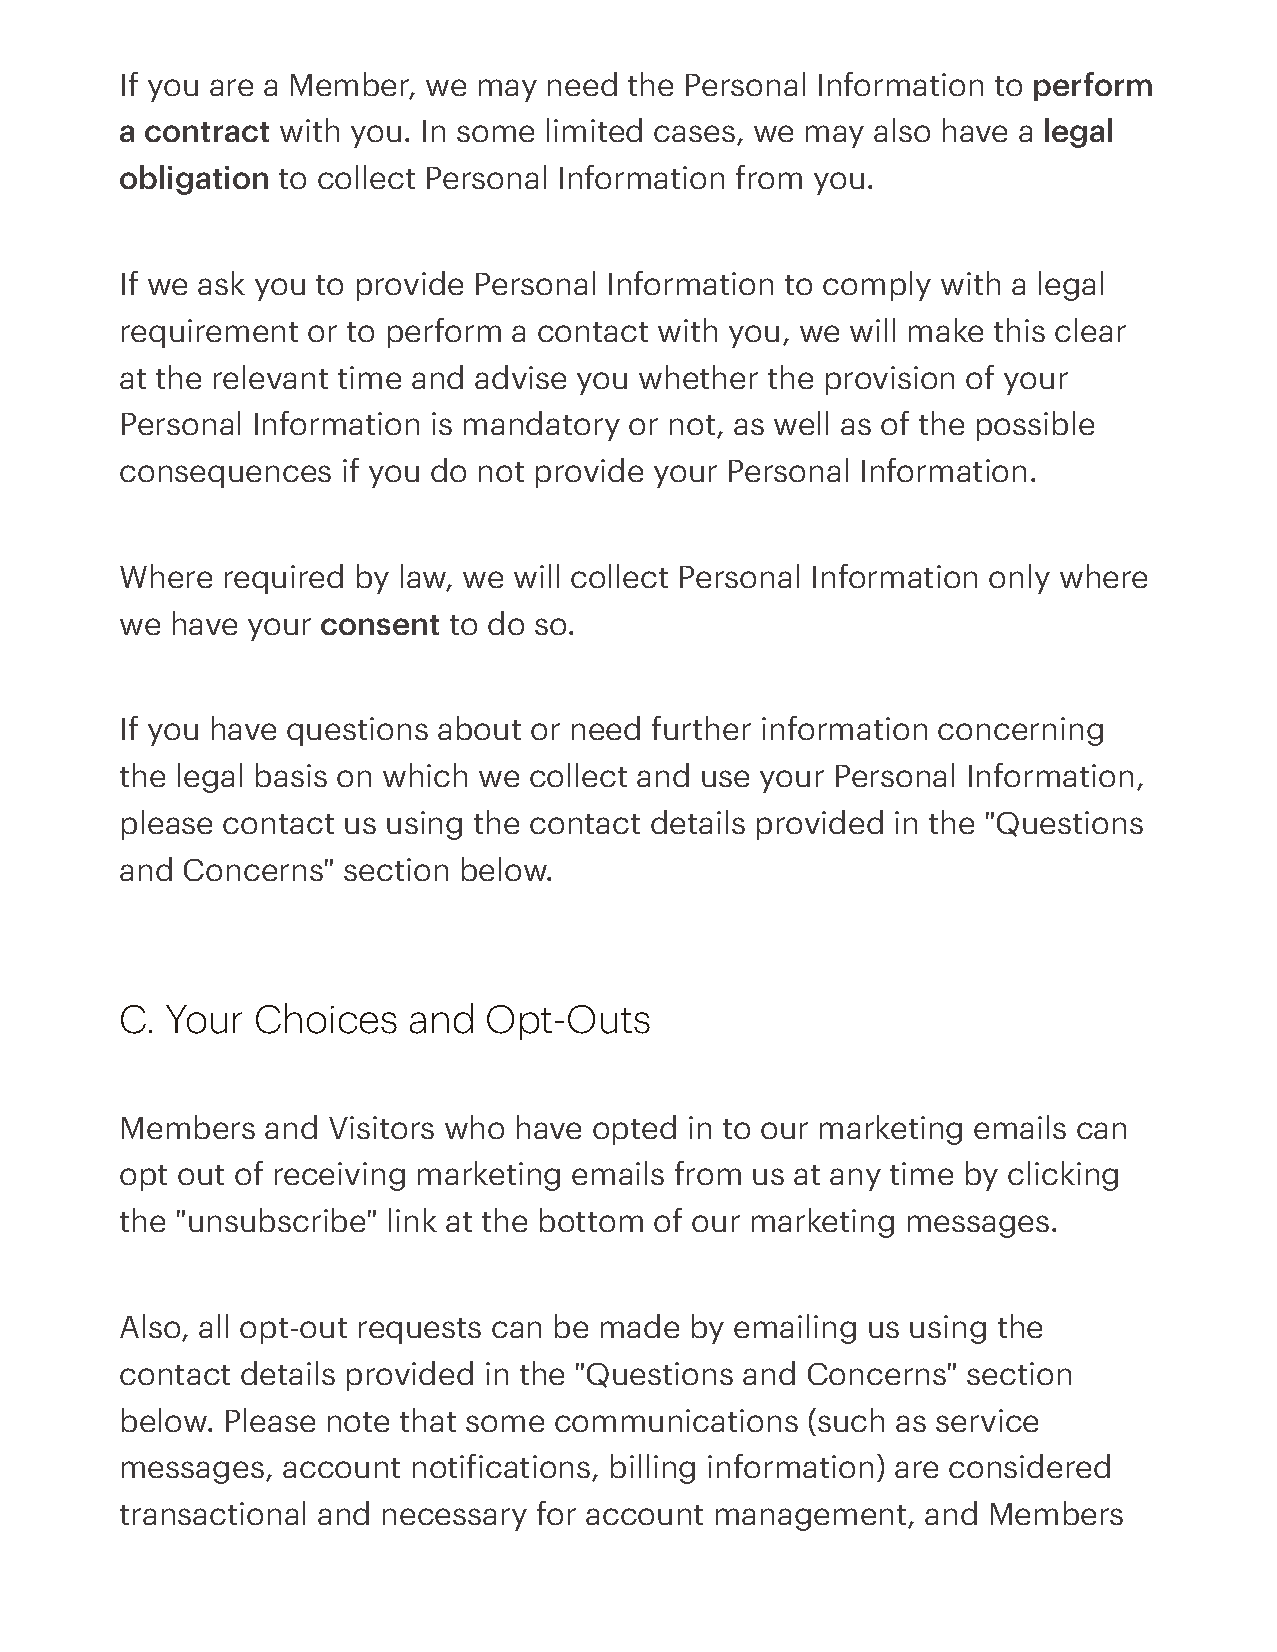
If you are a Member, we may need  the Personal Information to perform
 a contract with you. In some limited cases, we may also have a legal
 obligation to collect Personal Information from you.
 If we ask you to provide Personal Information to comply with a legal
 requirement or to perform a contact with you, we will make this clear
 at the relevant time and advise you whether the provision of your
 Personal Information is mandatory or not, as well as of the possible
 consequences   if you do not provide your Personal Information.
 Where  required by law, we will collect Personal Information only where
 we have your consent  to do so.
 If you have questions about or need further information concerning
 the legal basis on which we collect and use your Personal Information,
 please contact us using the contact details provided in the "Questions
 and Concerns"  section below.
 C. Your  Choices   and  Opt-Outs
 Members  and  Visitors who have opted in to our marketing emails can
 opt out of receiving marketing emails from us at any time by clicking
 the "unsubscribe" link at the bottom of our marketing messages.
 Also, all opt-out requests can be made by emailing us using the
 contact details provided in the "Questions and Concerns" section
 below. Please note that some communications  (such as service
 messages,  account notiications, billing information) are considered
 transactional and necessary for account management,  and Members